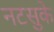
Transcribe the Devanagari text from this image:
नटसुके